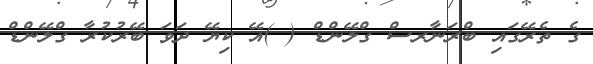
ގެ ތެރޭގައި ބްރަނާރސް ގްލޭންޑް ( )އޭ ކިޔޭ ދަވަ ބޭރުކުރާ ގްލޭންޑް